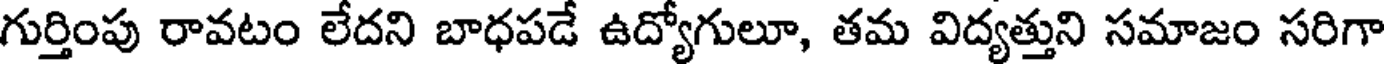
గుర్తింపు రావటం లేదని బాధపడే ఉద్యోగులూ, తమ విద్యత్తుని సమాజం సరిగా